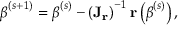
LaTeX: { \boldsymbol { \beta } } ^ { ( s + 1 ) } = { \boldsymbol { \beta } } ^ { ( s ) } - \left( \mathbf { J _ { r } } \right) ^ { - 1 } \mathbf { r } \left( { \boldsymbol { \beta } } ^ { ( s ) } \right) ,